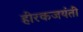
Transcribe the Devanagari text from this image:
हीरकजयंती